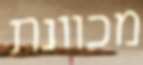
מכוונת